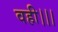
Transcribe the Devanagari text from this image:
वही।।।